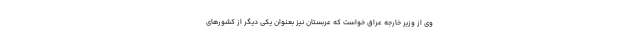
وی از وزیر خارجه عراق خواست که عربستان نیز بعنوان یکی دیگر از کشورهای